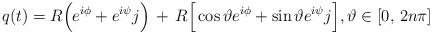
LaTeX: \begin{align*}q(t)=R\Big(e^{i\phi}+e^{i\psi}j\Big)\,+\,R\Big[\cos\vartheta e^{i\phi}+\sin\vartheta e^{i\psi}j\Big],\vartheta\in\left[0,\,2n\pi\right]\end{align*}